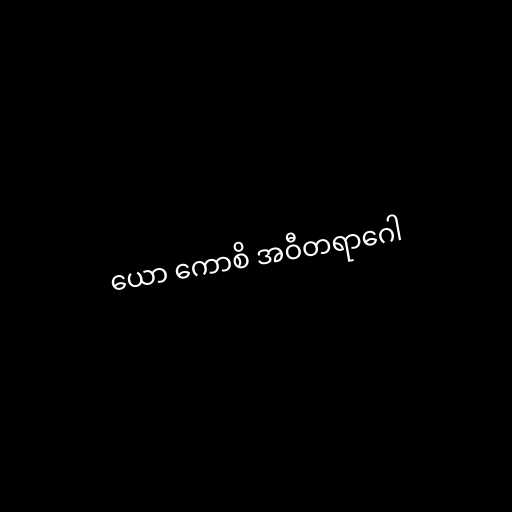
ယော ကောစိ အဝီတရာဂေါ